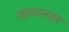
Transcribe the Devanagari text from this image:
उद्‍घाटनसत्र